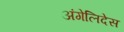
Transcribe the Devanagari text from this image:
अंगेलिदेस